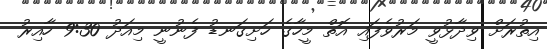
އިތުރަށް ވިދާޅުވީ މަރުވެފައި އޮތް މީހާގެ ހަށިގަނޑު ފެނުނީ މިއަދު 9:30 ހާއިރު